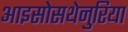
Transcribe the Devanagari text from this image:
आइसोसथेनुरिया